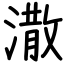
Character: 潵